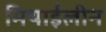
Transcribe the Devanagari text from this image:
मिथाईलीन